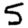
Digit: 5